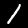
Digit: 1